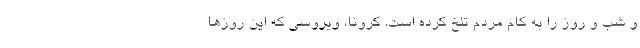
و شب و روز را به کام مردم تلخ کرده است. کرونا، ویروسی که این روز‌ها